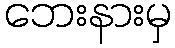
ဘေးနားမှ